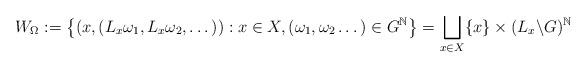
LaTeX: \begin{align*}W_{\Omega}:=\left\{ \left(x,\left(L_{x}\omega_{1},L_{x}\omega_{2},\dots\right)\right):x\in X,(\omega_{1},\omega_{2}\dots)\in G^{\mathbb{N}}\right\} =\bigsqcup_{x\in X}\{x\}\times(L_{x}\backslash G)^{\mathbb{N}}\end{align*}